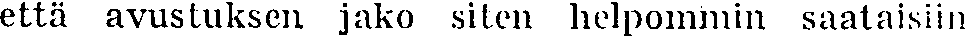
että avustuksen jako siten helpommin saataisiin